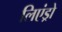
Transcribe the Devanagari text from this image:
लिएंड्रो